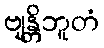
ဗျန္တိဘူတံ